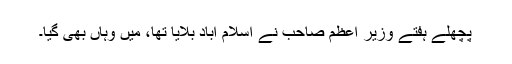
پچھلے ہفتے وزیر اعظم صاحب نے اسلام آباد بلایا تھا، میں وہاں بھی گیا۔